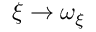
\xi \to \omega _ { \xi }